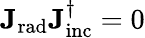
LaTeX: \mathbf{J_{\mathrm{{rad}}}}\mathbf{J_{\mathrm{{inc}}}^{\dagger}}=0